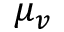
\mu _ { v }